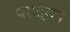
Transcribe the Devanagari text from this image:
परात्मने